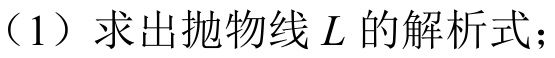
（1）求出抛物线\(L\)的解析式；